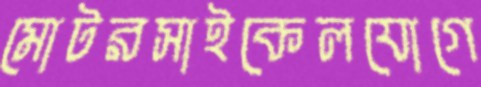
মোটরসাইকেলযোগে